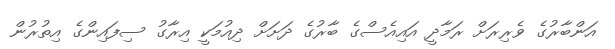
އަންބާރުގެ ވެރިރަށް ރަމާދީ އައިއެސްގެ ބާރުގެ ދަށަށް ދިއުމަކީ އިރާގު ސިފައިންގެ އިތުރުން